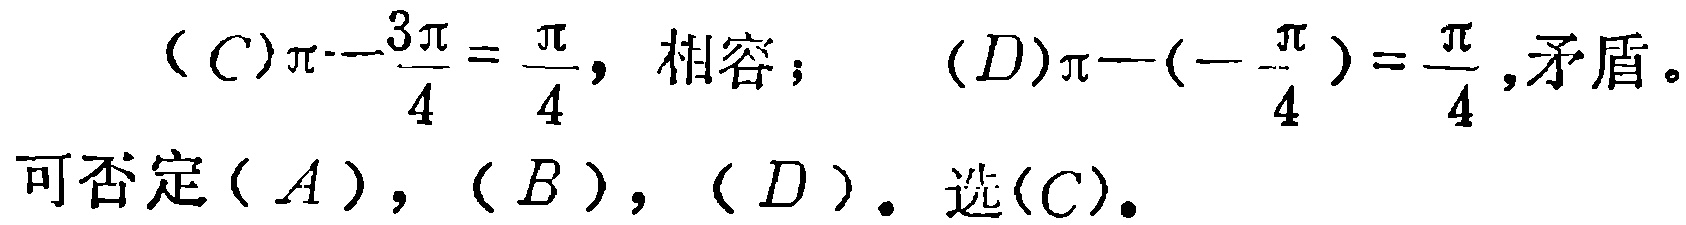
\((C)\pi - \frac{3\pi}{4} = \frac{\pi}{4},\ 相容；\ \ (D)\pi - (-\frac{\pi}{4}) = \frac{\pi}{4},\ 矛盾。\)
可否定\((A)\)，\((B)\)，\((D)\)。选\((C)\)。